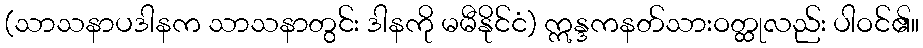
(သာသနာပဒါနက သာသနာတွင်း ဒါနကို မမီနိုင်ငံ) ဣန္ဒကနတ်သားဝတ္ထုလည်း ပါဝင်၏။